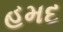
હમદ